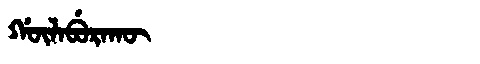
Manchu: ᡤᡡᠯᠠᠪᡠᡵᠠᡴᡡ
Romanization: GŪLABURAKŪ